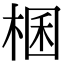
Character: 棞